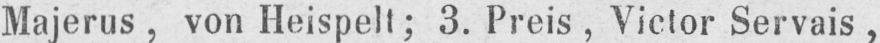
Majerus, von Heispelt; 3. Preis, Victor Servais,